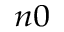
_ { n 0 }